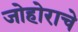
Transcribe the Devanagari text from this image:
जोहोराचे